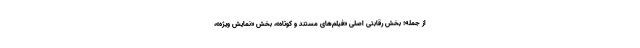
از جمله؛ بخش رقابتی اصلی «فیلم‌های مستند و کوتاه»، بخش «نمایش ویژه»،